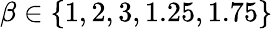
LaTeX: \beta\in\{ 1,2,3,1.25,1.75\}